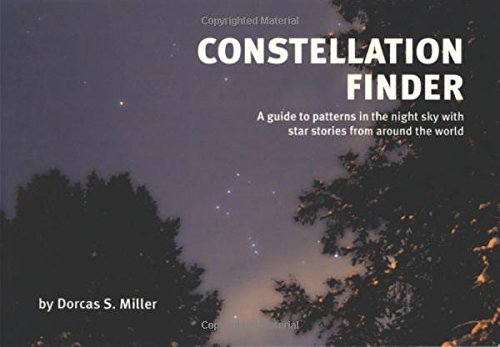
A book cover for Constellation Finder: A guide to patterns in the night sky with star stories from around the world; Dorcas S. Miller; Science & Math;